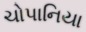
ચોપાનિયા